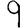
Digit: 9